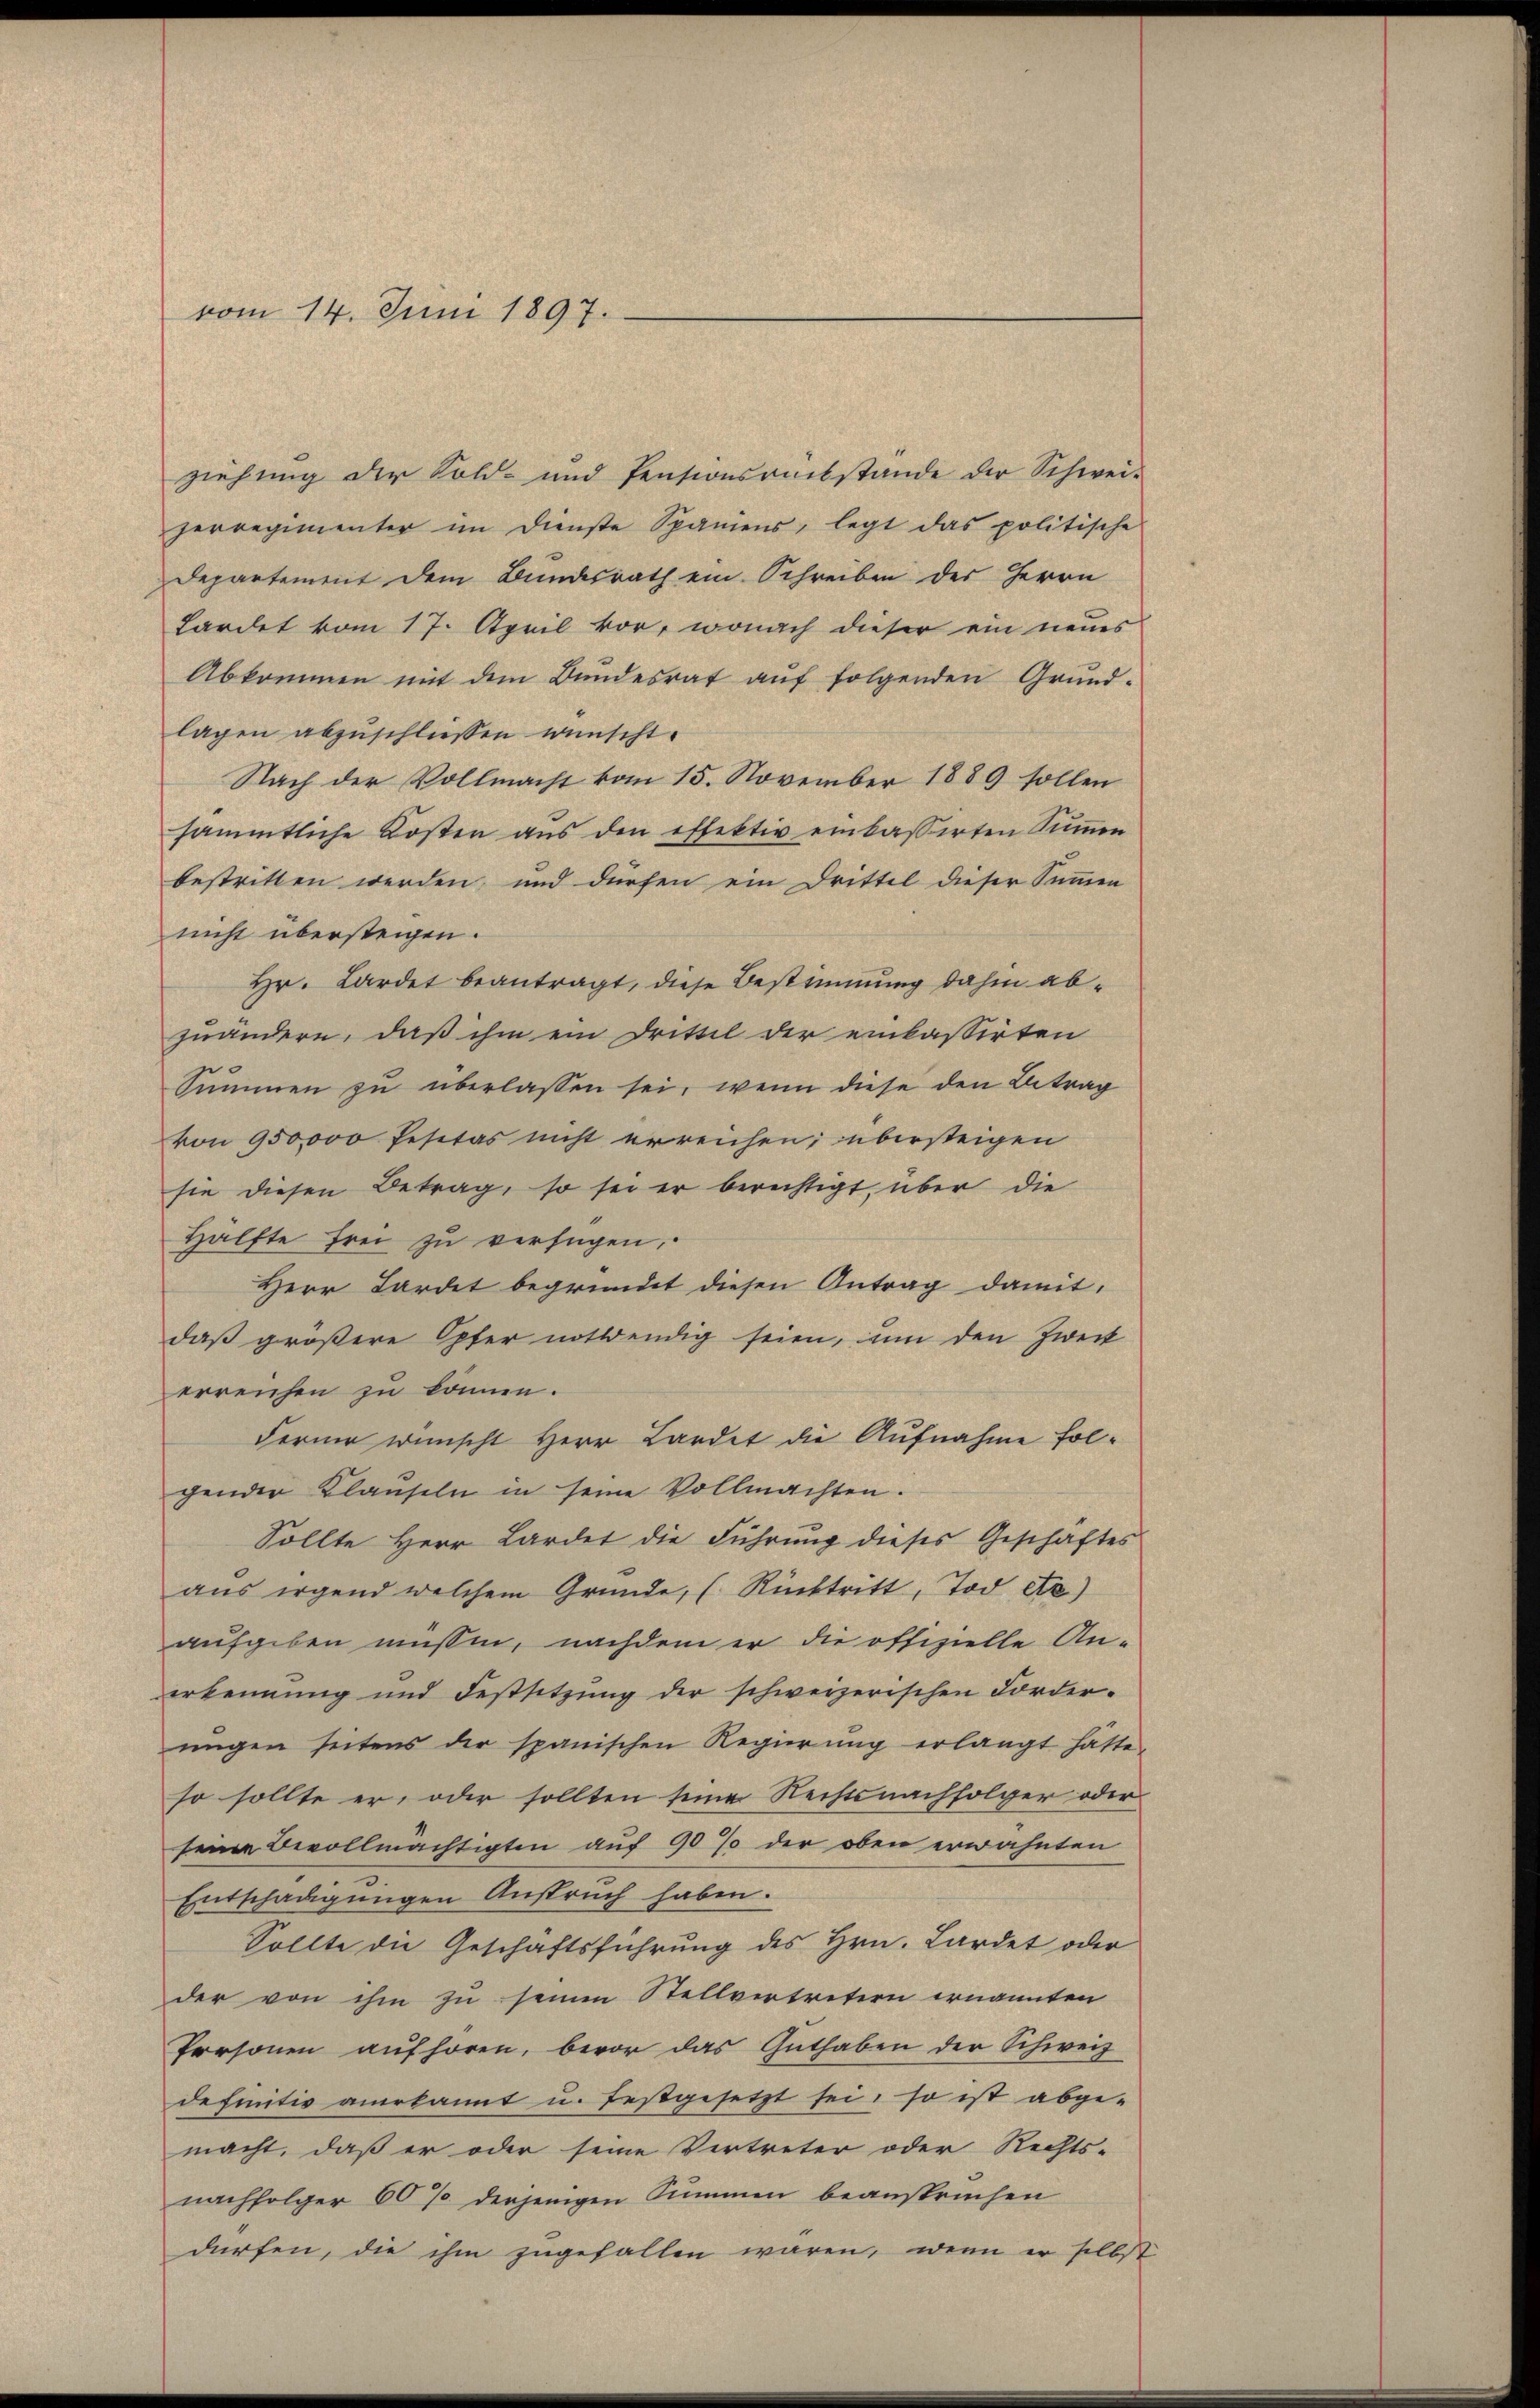
vom 14. Juni 1897.

ziehung der Sold- und Pentionsrückstände der Schwei-
zerregimenter im Dienste Sparens, legt das politische
Departement dem Bundesrath ein Schreiben des Herrn
Lardet vom 17. April vor, wonach dieser ein neues
Abkommen mit dem Bundesrat auf folgenden Grund-
lagen abzuschliessen wünscht.
Nach der Vollmacht vom 15. November 1889 sollen
sämmtliche Kosten aus den effektiv einbassirten Sumen
bestritten werden und dürfen ein Drittel dieser Summen
nicht übersteigen.
Hr. Lardet beantragt, diese Bestimmung dahin abzuändern, daß ihm ein Drittel der einkassirten
Summen zu überlassen sei, wenn diese den Antrag
von 950,000 Pesitas nicht erreichen; übersteigen
sie diesen Betrag, so sei er berechtigt, über die
Hälfte frei zu verfügen,
Herr Fordet begründet diesen Antrag damit,
daß größere Opfer nothwendig seien, um den Zweck
erreichen zu können.
Ferner wünscht Herr Lardet die Aufnahme folgender Klauseln in seine Vollmachten.
Sollte Herr Lardet die Führung dieses Geschäftes
aus irgend welchem Gründe, (Rücktritt, Tod etc.)
aufgeben müssen, nachdem er die offizielle An-
erkennung und Festsitzung der schweizerischen Forder-
ŭngen seitens der spanischen Regierŭng erlangt hätte.
so sollte er, oder sollten seine Rechtsnachfolger oder
seine Bevollmächtigten auf 90 % der oben erwähnten
Entschädigungen Anspruch haben.
Sollte die Geschäftsführung des Hrn. Lardet oder
der von ihm zu seinen Stellvertretern ernannten
Personen aŭfhören, bevor das Guthaben der Schweiz
definitiv anerkannt u. festgesetzt sei, so ist abge-
macht, daß er oder seine Vertreter oder Rechts-
nachfolger 60 % derjenigen Summen beansprachen
dürfen, die ihm zugefallen wären, wenn er selbst